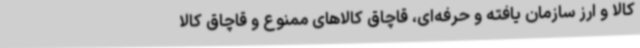
کالا و ارز سازمان یافته و حرفه‌ای، قاچاق کالاهای ممنوع و قاچاق کالا